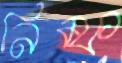
নিম্ফ